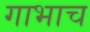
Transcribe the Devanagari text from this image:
गाभाच